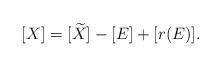
LaTeX: \begin{align*} [X] = [\widetilde X] - [E] + [r(E)].\end{align*}